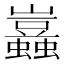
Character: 𧔮